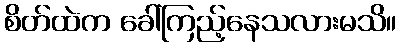
စိတ်ထဲက ခေါ်ကြည့်နေသလားမသိ။